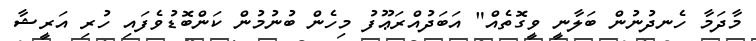
މާދަމާ ހެނދުނުން ބަލާނީ ވީގޮތެއް" އަބަދުއްރަޢޫފު މިހެން ބުނުމުން ކަންބޮޑުވެފައި ހުރި އަރީޝާ